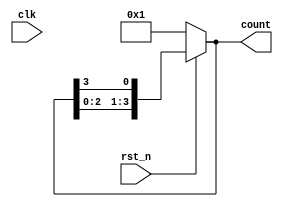
module async_ring_counter (
    input wire clk,           // Clock input (not used for triggering)
    input wire rst_n,        // Asynchronous active-low reset
    output reg [N-1:0] count // Output count (N-bit wide)
);
    parameter N = 4;         // Number of flip-flops (change as needed)

    // Initial state
    initial begin
        count = 1'b1;        // Start with the first flip-flop set
    end

    // Asynchronous reset logic
    always @(*) begin
        if (!rst_n) begin
            count = 1'b1;    // Reset to the first state
        end else begin
            count = {count[N-2:0], count[N-1]}; // Shift the '1' through the ring
        end
    end

endmodule